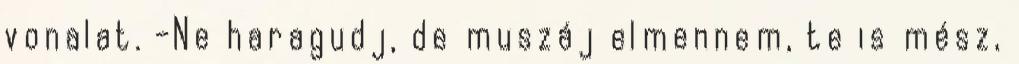
vonalat. -Ne haragudj, de muszáj elmennem, te is mész,